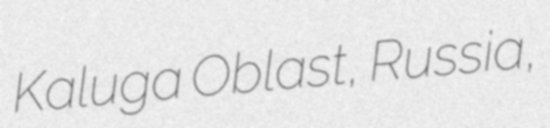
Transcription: Kaluga Oblast, Russia,